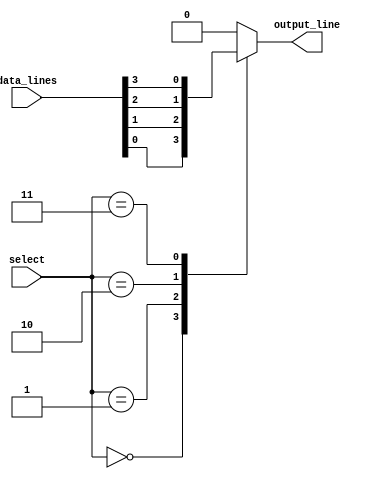
module mux_32to1 (
    input [31:0] data_lines,
    input [4:0] select,
    output reg output_line
);

always @(*)
begin
    case (select)
        5'b00000: output_line = data_lines[0];
        5'b00001: output_line = data_lines[1];
        5'b00010: output_line = data_lines[2];
        5'b00011: output_line = data_lines[3];
        // Add cases for remaining input data lines up to 31
        default: output_line = 1'b0; // Default output line value if select is out of range
    endcase
end

endmodule